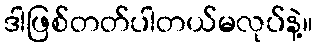
ဒါဖြစ်တတ်ပါတယ်မလုပ်နဲ့။